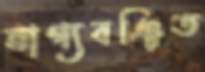
ভাগ্যবঞ্চিত